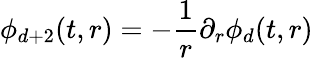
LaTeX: \phi_{d+2}(t,r)=-\frac{1}{r}\partial_{r}\phi_{d}(t,r)